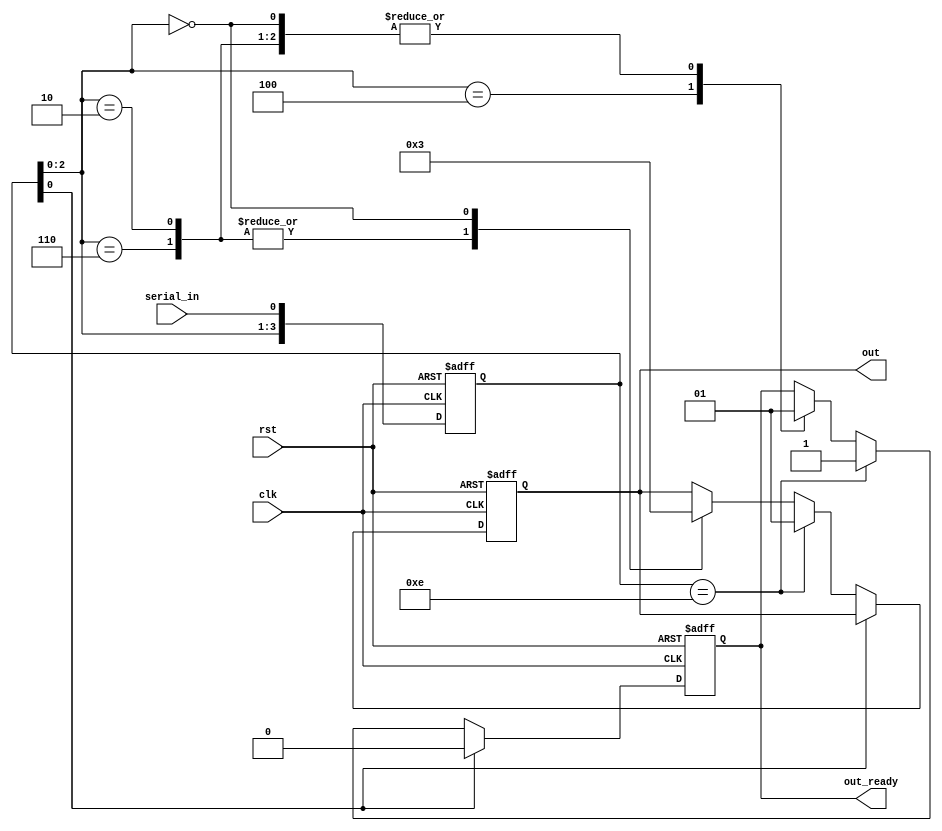
`timescale 1ns / 1ps

// Ahmet Emre Eser - 02/2023

module Input_Processor(
    output reg [1:0] out,
     /** 
     00 - dot
     01 - dash
     11 - short space
     */
    output reg out_ready, // acts like an enable signal that stops the processing of morse code in the next module (morse processor) - if 0 
    input rst,
    input clk,
    input serial_in // the signal coming from the debouncer
                    // 0 as a separator
    );
    
    
    reg [3:0] prev_inputs;
    
    task shByOne(input reg[3:0] shReg);

        begin
            shReg[1] <= shReg[0];        
            shReg[2] <= shReg[1];        
            shReg[3] <= shReg[2];
        end
    
    endtask
    
    
    
    always@(posedge clk or posedge rst) begin
    
    if (rst) begin
    
        prev_inputs <= 4'b0100; // second half == 100 since 000 would yield a "short space" return value from output port "out"
        out <= 2'b10;
        out_ready <= 0;
    
    end
    else if (clk) begin
    
        prev_inputs[1] <= prev_inputs[0];
        prev_inputs[2] <= prev_inputs[1];
        prev_inputs[3] <= prev_inputs[2];
    
        prev_inputs[0] <= serial_in;
            
            if (prev_inputs[0] == 0) begin
                
                
                if (prev_inputs[3:0] == 4'b1110) begin /* indexing to not create errors if the reg size is changed */
                    out <= 2'b01; // dash
                    out_ready <= 1;
                end
                else begin
                                        
                    case(prev_inputs[2:0]) 
                    
                        3'b100 : out_ready <= 0;
                        3'b010, 3'b110 : begin
                            out_ready <= 1;
                            out <= 00; // dot
                        end
                        3'b000 : begin
                            out_ready <= 1;
                            out <= 11; // short space
                        end
                                          
                    endcase
                                        
                end
                            
            end 
            else begin
            
                out_ready <= 0;
            
            end
        
        //end
        
        end
        else begin
            ;
        end
    
    
    end // always
    
    
endmodule